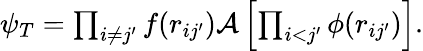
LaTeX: \begin{array}{r}{\psi_{T}=\prod_{i\neq j^{\prime}}f(r_{ij^{\prime}})\mathcal{A}\left[\prod_{i<j^{\prime}}\phi(r_{ij^{\prime}})\right].}\end{array}